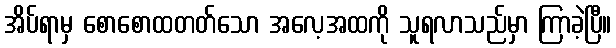
အိပ်ရာမှ စောစောထတတ်သော အလေ့အထကို သူရလာသည်မှာ ကြာခဲ့ပြီ။